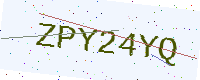
Text: ZPY24YQ